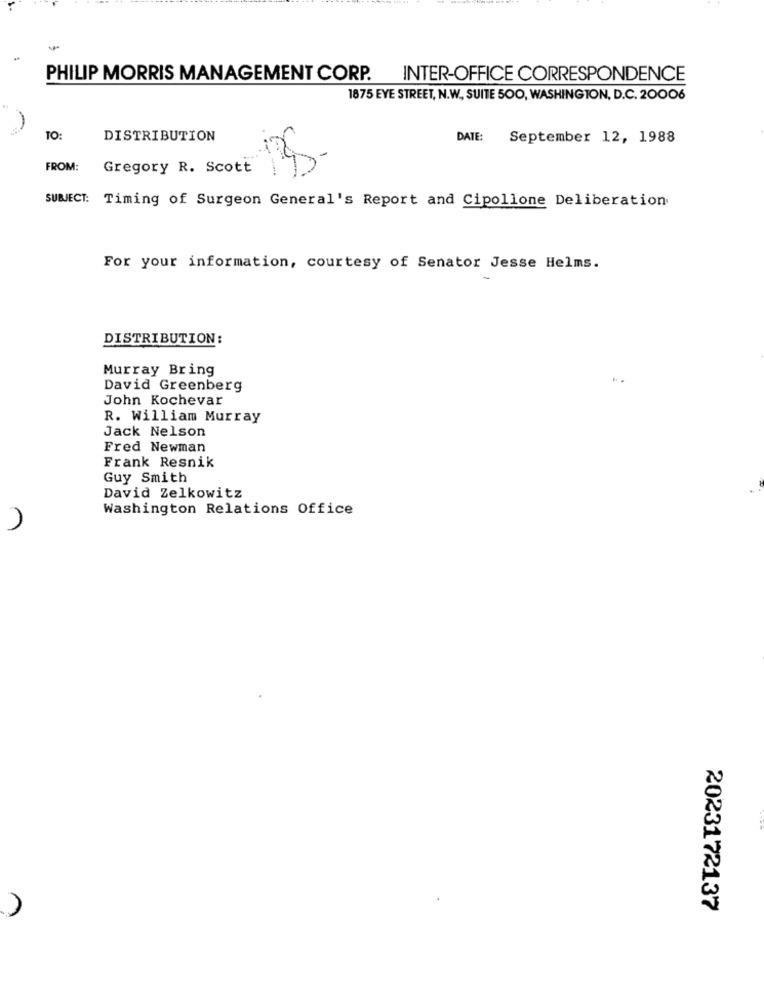
PHILIP MORRIS MANAGEMENT CORP. INTER-OFFICE CORRESPONDENCE
1875 EYE STREET, N.W ., SUITE 500, WASHINGTON, D.C. 20006
TO:
DISTRIBUTION
DATE: September 12, 1988
FROM:
Gregory R. Scott
-
SUBJECT: Timing of Surgeon General's Report and Cipollone Deliberation
For your information, courtesy of Senator Jesse Helms.
DISTRIBUTION:
Murray Bring
David Greenberg
John Kochevar
R. William Murray
Jack Nelson
Fred Newman
Frank Resnik
Guy Smith
David Zelkowitz
Washington Relations Office
2023172137